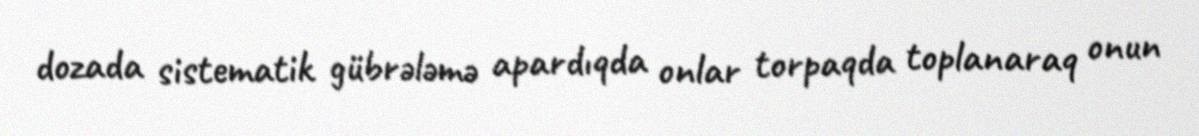
dozada sistematik gübrələmə apardıqda onlar torpaqda toplanaraq onun